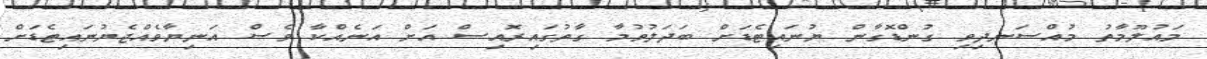
މައުލޫމާތު މުއްސަނދިވި ގުންޑޮގާން ޔުނައިޓެޑަށް ބަދަލުވުމާ ގާތުގައިރޮއިސް އަށް އަނެއްކާ ވެސް އަނިޔާވެއްޖެޔުނައިޓެޑަށް